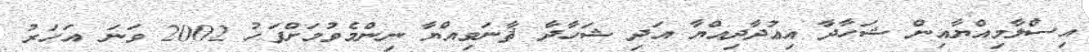
އިސްލާމިއްޔާއިން ޝަހާދާ އިޢުދާދިއްޔާ އަދި ޝަހާދާ ޘާނަވިއްޔާ ނިންމެވުމަށްފަހު 2002 ވަނަ އަހަރު